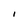
Character: i